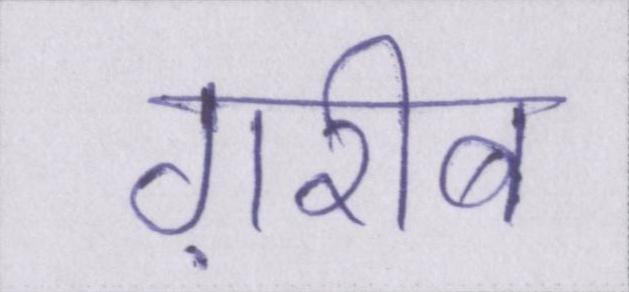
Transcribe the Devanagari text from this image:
ग़रीब